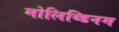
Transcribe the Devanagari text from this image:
मोलिब्डिनम